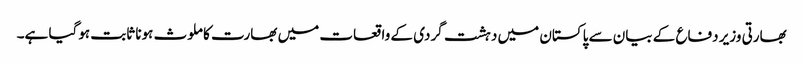
بھارتی وزیر دفاع کے بیان سے پاکستان میں دہشت گردی کے واقعات میں بھارت کا ملوث ہونا ثابت ہوگیا ہے۔